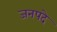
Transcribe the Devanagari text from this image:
जनपदे